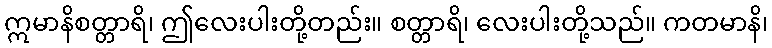
ဣမာနိစတ္တာရိ၊ ဤလေးပါးတို့တည်း။ စတ္တာရိ၊ လေးပါးတို့သည်။ ကတမာနိ၊